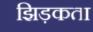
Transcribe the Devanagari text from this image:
झिड़कता